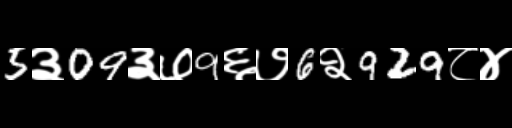
Text: 5३09३७9६७6२929८४